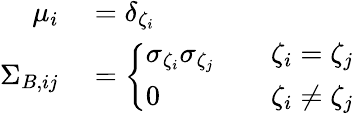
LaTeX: \begin{array}{rl}{\mu_{i}}&{{}=\delta_{\zeta_{i}}}\\ {{\Sigma}_{B,ij}}&{{}=\left\{ \begin{array}{ll}{\sigma_{\zeta_{i}}\sigma_{\zeta_{j}}\quad}&{\zeta_{i}=\zeta_{j}}\\ {0\quad}&{\zeta_{i}\neq\zeta_{j}}\end{array}\right.}\end{array}